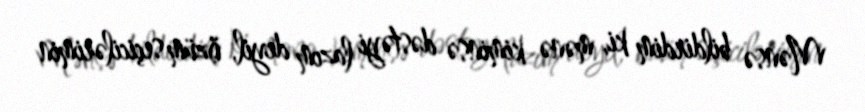
Mənsə bildirdim ki, mənə kiminsə dəstəyi lazım deyil, özüm seçicilərimin